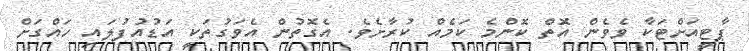
ޕާޓީއަށްޓަކާ ވެވެން އޮތް ކޮންމެ ކަމެއް ކުރާށެވެ. އެގޮތުން އެވަގުތަކީ އަޑުއުފުލައި ހައްގަށް